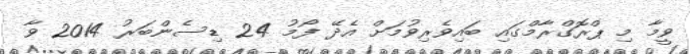
ވީމާ މި ޕްރޮގްރާމްގައި ބައިވެރިވުމަށް އެދޭ ފޯމު 24 ޑިސެންބަރު 2014 ވާ